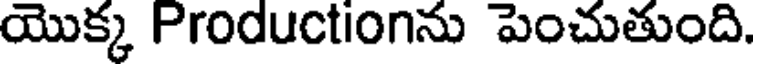
యొక్క Productionను పెంచుతుంది.